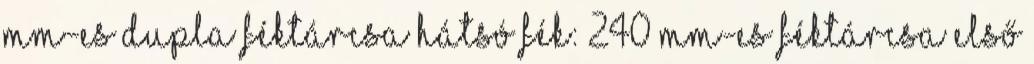
mm-es dupla féktárcsa Hátsó fék: 240 mm-es féktárcsa Első